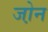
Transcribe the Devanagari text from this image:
जो़न